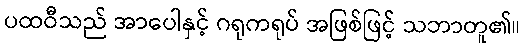
ပထဝီသည် အာပေါနှင့် ဂရုကရုပ် အဖြစ်ဖြင့် သဘာတူ၏။